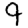
Digit: 9